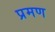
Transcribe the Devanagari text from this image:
प्रमण